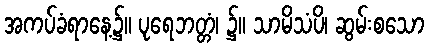
အကပ်ခံရာနေ့၌။ ပုရေဘတ္တံ၊ ၌။ သာမိသံပိ၊ ဆွမ်းစသော